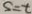
S = t